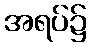
အရပ်၌